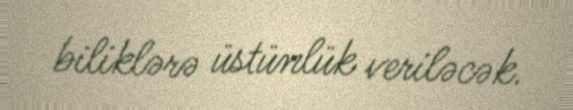
biliklərə üstünlük veriləcək.